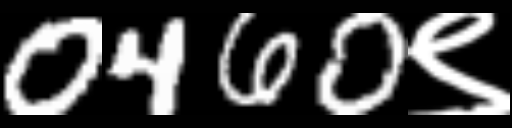
Text: 0460९